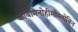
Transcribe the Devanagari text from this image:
कार्बमिनोहीमोग्लोबिन